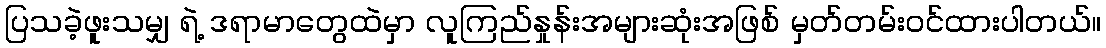
ပြသခဲ့ဖူးသမျှ ရဲ့ ဒရာမာတွေထဲမှာ လူကြည်နှုန်းအများဆုံးအဖြစ် မှတ်တမ်းဝင်ထားပါတယ်။